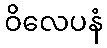
ဝိလေပနံ